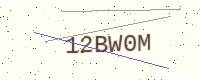
Text: 12BW0M